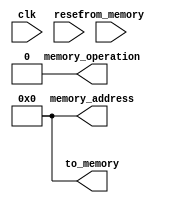
module cpu (clk, reset, from_memory, memory_operation, memory_address, to_memory);

initial begin
    $display("************** CPU **********");
end

  input clk;
  input reset;
  input [7:0] from_memory;

  output reg memory_operation;
  output reg [7:0] memory_address;
  output reg [7:0] to_memory;

  reg [7:0] instruction;
  reg [7:0] target;

  reg [7:0] status;
  reg [7:0] ip;

  reg [7:0] general_reg[7:0];

  always @(reset) begin
    status <= 0;
    ip <= 0;
    memory_operation <= 0;
    memory_address <= 0;
    to_memory <= 0;
  end

  always @(posedge clk) begin
      case(status)
        8'b00000000: begin
          $display("starting instruction process");
          memory_operation <= 0;
          memory_address <= ip;
          status <= status + 1;
        end
        8'b00000001: begin
          $display("copying instruction content");
          instruction <= from_memory;
          status <= status + 1;
        end
        8'b00000010: begin
          $display("reding target value ");
          memory_operation <= 0;
          memory_address <= ip + 1;
          status <= status + 1;
        end
        8'b00000011: begin
          $display("copying target value ");
          target <= from_memory;
          status <= status + 1;
        end
        8'b00000100: begin
          //moving the ip to next instruction:
          ip <= ip + 2;
          $display(" got the instruction: %b with target: %b (%0d)", instruction, target, target);
          case (instruction[7:4])
            4'b0001: begin
              $display("moving scalar data to reg");
              general_reg[instruction[3:0]] <= target;
              status <= 0;
            end
            4'b0010: begin
              $display("moving data from memory to from_memory reg");
              memory_operation <= 0 ;
              memory_address <= target;

              status <= status + 1;
            end
            4'b1111: begin
              $display("get exit signal from instruction");
              status <= 8'b11111111;
            end
           endcase
        end
        8'b00000101: begin
          case (instruction[7:4])
            4'b0010: begin
              $display("moving data from from_memory reg to target reg");
              $display("The value in from_memory is now %0d", from_memory);
              general_reg[instruction[3:0]] <= from_memory;
              status <= 0;
            end
          endcase
        end
        8'b11111111: begin
          $display("end of the program, nothing happen from now");
          $display("General Reg: %b  %b", general_reg[0], general_reg[1]);
        end
        default: begin
          $display("end of life, nothing happen");
        end
      endcase
    end
   
endmodule